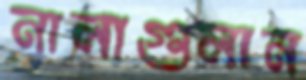
নালাগুলান